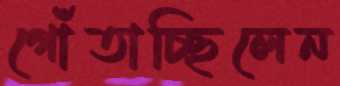
গোঁতাচ্ছিলেন